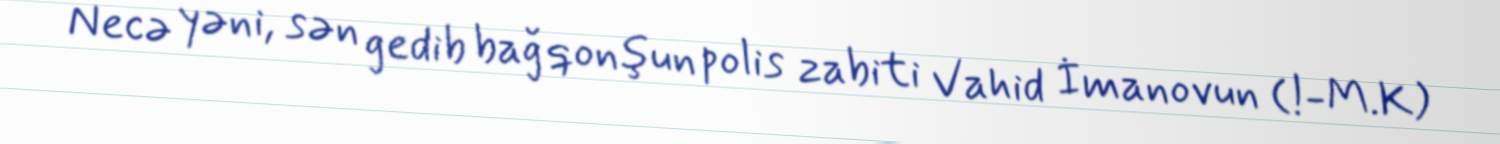
Necə yəni, sən gedib bağ qonşun polis zabiti Vahid İmanovun (!-M.K)